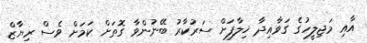
އާއި މަޖިލީހުގެ ގަވާއިދާ ޚިލާފަށް ސަރުކާރު ބޭނުންވާ ގޮތަށް ކަމަށް ވެސް ރިޔާޒް